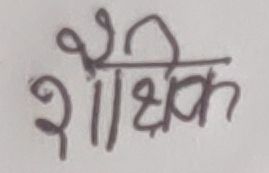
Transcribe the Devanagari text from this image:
शैक्षिक